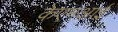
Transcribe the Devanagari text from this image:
केएमआई